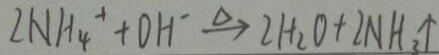
2 N H _ { 4 } ^ { + } + O H ^ { - } \xlongequal { \Delta } 2 H _ { 2 } O + 2 N H _ { 3 } \uparrow